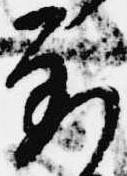
到